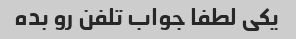
یکی لطفا جواب تلفن رو بده